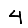
Digit: 4